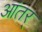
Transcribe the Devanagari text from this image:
आंतर्